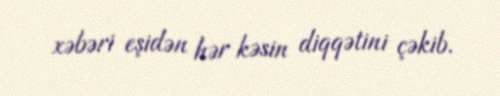
xəbəri eşidən hər kəsin diqqətini çəkib.